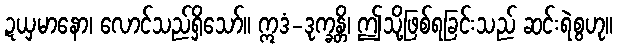
ဍယှမာနော၊ လောင်သည်ရှိသော်။ ဣဒံ-ဒုက္ခန္တိ၊ ဤသို့ဖြစ်ရခြင်းသည် ဆင်းရဲစွဟု။